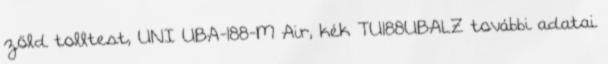
zöld tolltest, UNI UBA-188-M Air, kék TU188UBALZ további adatai